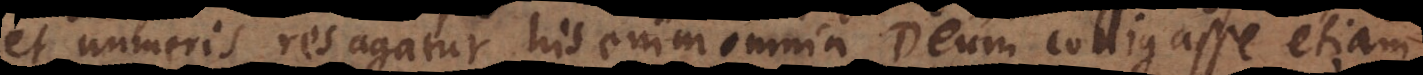
et numeris res agatur, his enim omnia Deum colligasse etiam